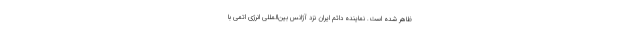
ظاهر شده است. نماینده دائم ایران نزد آژانس بین‌المللی انرژی اتمی با